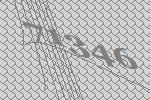
71346